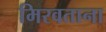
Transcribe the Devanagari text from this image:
मिरवताना